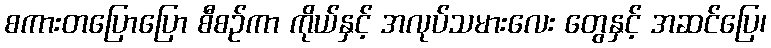
စကားတပြောပြော စီစဉ်ကာ ကိုယ်နှင့် အလုပ်သမားလေး တွေနှင့် အဆင်ပြေ၊